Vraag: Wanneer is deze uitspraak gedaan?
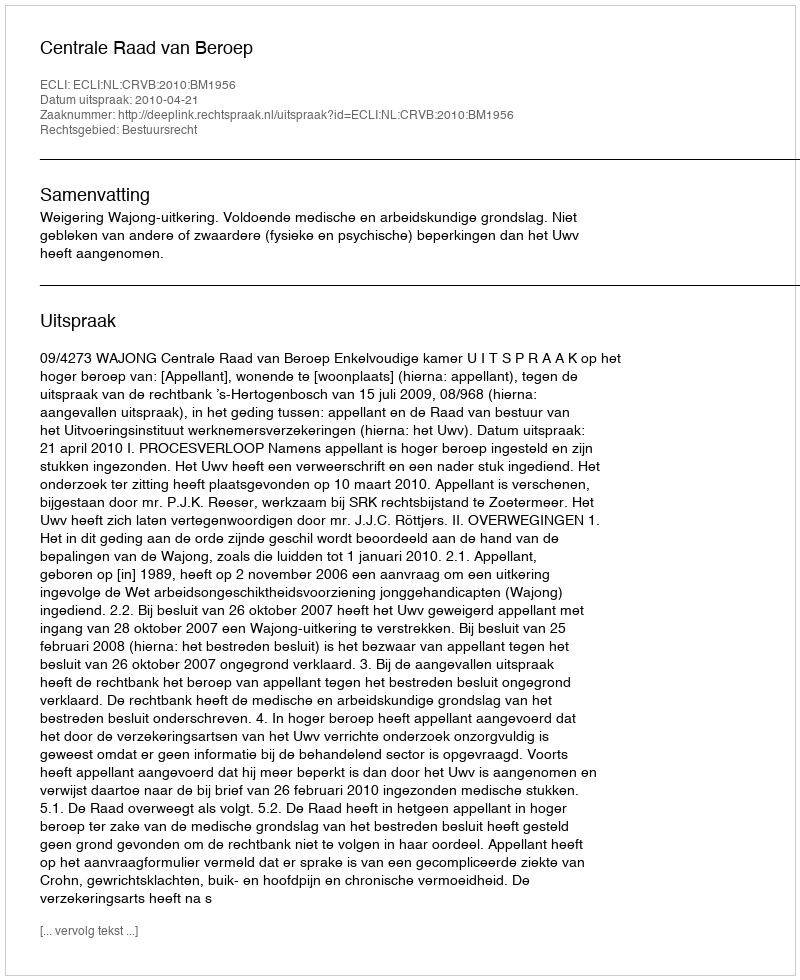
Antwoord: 2010-04-21